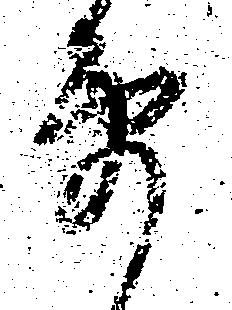
要